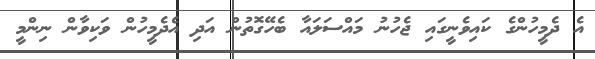
އެ ދެމީހުންގެ ކައިވެނީގައި ޖެހުނު މައްސަލައާ ބެހޭގޮތުން އަދި އެދެމީހުން ވަކިވާން ނިންމީ